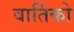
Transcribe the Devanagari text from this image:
वार्तिको